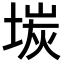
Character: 𡎅